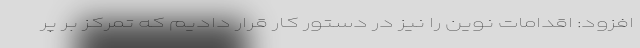
افزود: اقدامات نوین را نیز در دستور کار قرار دادیم که تمرکز بر پر